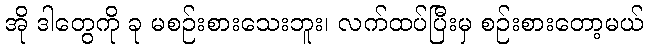
အို ဒါတွေကို ခု မစဉ်းစားသေးဘူး၊ လက်ထပ်ပြီးမှ စဉ်းစားတော့မယ်